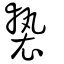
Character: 褺